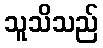
သူသိသည်